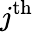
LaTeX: j^{\mathrm{{th}}}